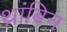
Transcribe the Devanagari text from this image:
थ्रांबिन